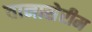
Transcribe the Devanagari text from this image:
तानासेरीम